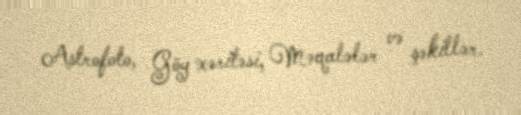
Astrofoto, Göy xəritəsi, Məqalələr və şəkillər.